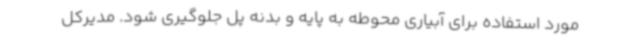
مورد استفاده برای آبیاری محوطه به پایه و بدنه پل جلوگیری شود. مدیرکل